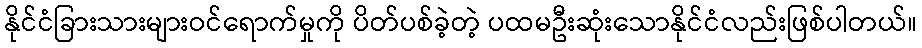
နိုင်ငံခြားသားများဝင်ရောက်မှုကို ပိတ်ပစ်ခဲ့တဲ့ ပထမဦးဆုံးသောနိုင်ငံလည်းဖြစ်ပါတယ်။